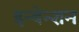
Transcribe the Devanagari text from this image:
इन्वेन्शन